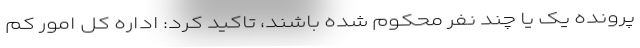
پرونده یک یا چند نفر محکوم شده باشند، تاکید کرد: اداره کل امور کم